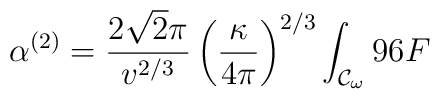
\alpha^{(2)}=\frac{2\sqrt{2}\pi}{v^{2/3}}\left(\frac{\kappa}{4\pi}\right)^{2/3}\int_{{\cal{C}}_{\omega}}{96F}